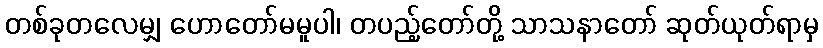
တစ်ခုတလေမျှ ဟောတော်မမူပါ၊ တပည့်တော်တို့ သာသနာတော် ဆုတ်ယုတ်ရာမှ